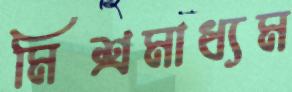
মিশ্রমাধ্যম